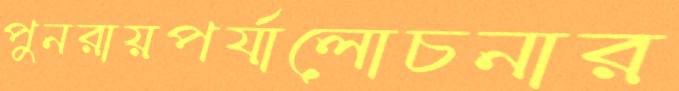
পুনরায়পর্যালোচনার